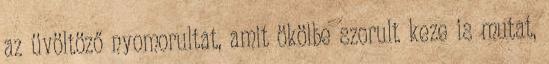
az üvöltöző nyomorultat, amit ökölbe szorult keze is mutat,